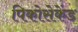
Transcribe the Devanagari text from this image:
पिकोसेकेंड